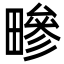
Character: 㽩